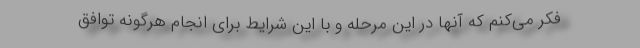
فکر می‌کنم که آنها در این مرحله و با این شرایط برای انجام هرگونه توافق